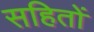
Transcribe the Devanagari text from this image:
सहितों